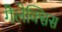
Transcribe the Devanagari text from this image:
गैलेक्सिस